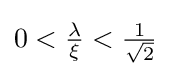
0<{\tfrac {\lambda }{\xi }}<{\tfrac {1}{\sqrt {2}}}